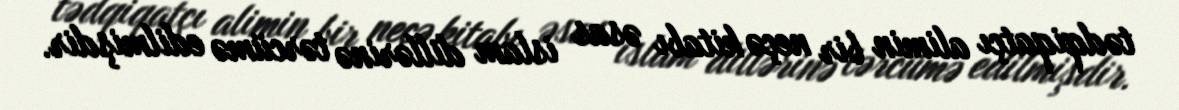
tədqiqatçı alimin bir neçə kitabı əsas islam dillərinə tərcümə edilmişdir.